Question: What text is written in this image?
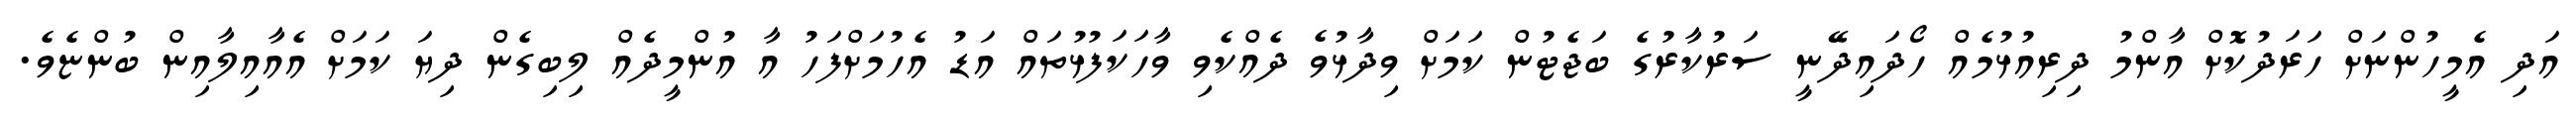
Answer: އަދި އެމީހުންނަށް ހަރަދުކޮށް އާންމު ދިރިއުޅުމެއް ހޯދައިދޭނީ ސަރުކާރުގެ ބަޖެޓުން ކަމަށް ވިދާޅުވެ ދެއްކެވި ވާހަކަފުޅުތައް އަޑު އެހުމަށްފަހު އާ އުންމީދެއް ލިބިގެން ދިޔަ ކަމަށް އެއާއިލާއިން ބުންޏެވެ.